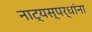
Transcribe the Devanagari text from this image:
नाट्यस्पर्धांना